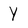
Character: y